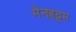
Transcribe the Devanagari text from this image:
मेनहट्टम